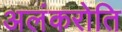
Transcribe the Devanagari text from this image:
अलंकरोति